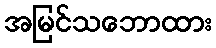
အမြင်သဘောထား